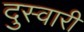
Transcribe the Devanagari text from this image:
दुस्वारी